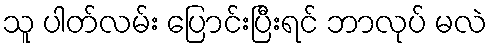
သူ ပါတ်လမ်း ပြောင်းပြီးရင် ဘာလုပ် မလဲ